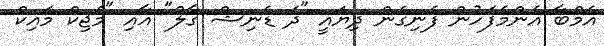
އެމްބާ އެންމެފަހުން ފެނިގެން ދިޔައީ "ދަ ޑެނިޝް ގާލް" އާއި "މެޖިކް މައިކް